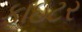
ફાઇટર